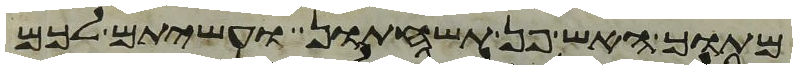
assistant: מתוך האש פן תשחתון ועשיתם לכם